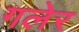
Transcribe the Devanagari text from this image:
गलेर